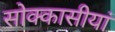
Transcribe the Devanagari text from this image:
सोक्कासीयां